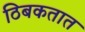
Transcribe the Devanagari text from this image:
ठिबकतात